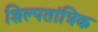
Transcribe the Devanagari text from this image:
शिल्पतांत्रिक